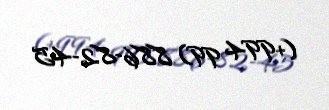
(+994 99) 886-82-45